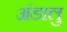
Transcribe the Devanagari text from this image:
अंडालु